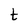
Character: t